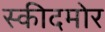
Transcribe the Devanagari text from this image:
स्कीदमोर